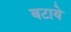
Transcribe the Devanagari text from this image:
बटाये